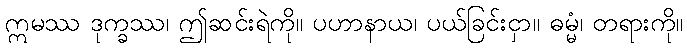
ဣမဿ ဒုက္ခဿ၊ ဤဆင်းရဲကို။ ပဟာနာယ၊ ပယ်ခြင်းငှာ။ ဓမ္မံ၊ တရားကို။